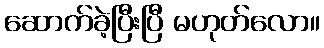
ဆောက်ခဲ့ပြီးပြီ မဟုတ်လော။